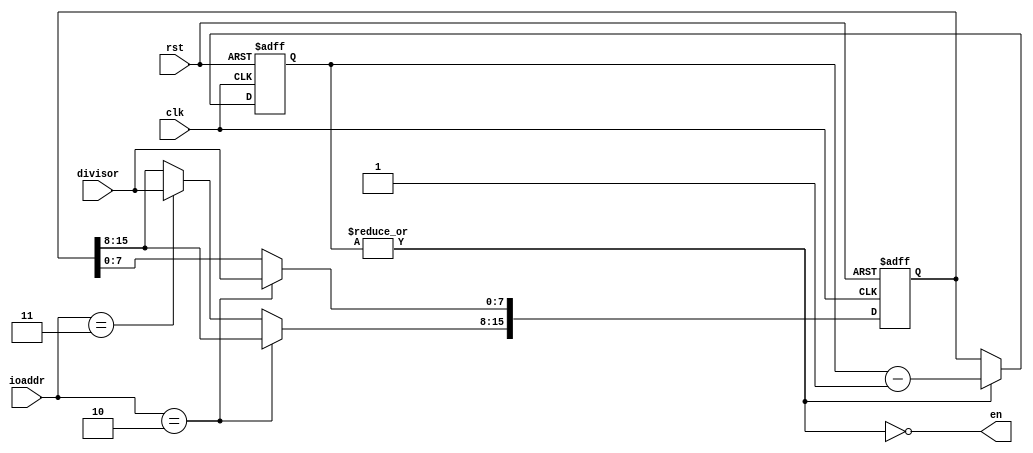
`timescale 1ns / 1ps
//////////////////////////////////////////////////////////////////////////////////
// Company: 
// Engineer: 
// 
// Create Date:   
// Design Name: 
// Module Name:    baud_gen 
// Project Name: 
// Target Devices: 
// Tool versions: 
// Description: 
//	Continuously generates an enable signal based on a set baud rate. Reset every
//	time the unit reaches 0.
//
// Dependencies: 
//
// Revision: 
// Revision 0.01 - File Created
// Additional Comments: 
//
//////////////////////////////////////////////////////////////////////////////////
module baud_gen(clk,
				rst,
				divisor,
				ioaddr,
				en);

////////////
// Inputs //
////////////
input wire clk, rst;
input wire [7:0] divisor;
input wire [1:0] ioaddr;

/////////////
// Outputs //
/////////////
output wire en;

/////////////
// Signals //
/////////////
localparam DB_LOW	= 2'b10;
localparam DB_HIGH	= 2'b11;

reg [15:0] divisor_buf;
reg [15:0] down_counter; 

//////////////////////////////////////////////////////////////////////////////////
// Baud Generator
////

// Division Buffer //
always@(posedge clk, posedge rst)begin
	if(rst)
		divisor_buf <= 16'h028A; // Reset to 9600 @100Mhz
	else if(ioaddr == DB_LOW)
		divisor_buf[7:0] <= divisor;
	else if(ioaddr == DB_HIGH)
		divisor_buf[15:8] <= divisor;
	else
		divisor_buf <= divisor_buf;
end

// Down Counter //
always@(posedge clk, posedge rst)begin
	if(rst)
		down_counter <= 16'h028A; //Reset to 9600 @100Mhz
	else if(en)
		down_counter <= divisor_buf;
	else
		down_counter <= down_counter - 1;
end

// enable signal //
assign en = ~|down_counter;

endmodule